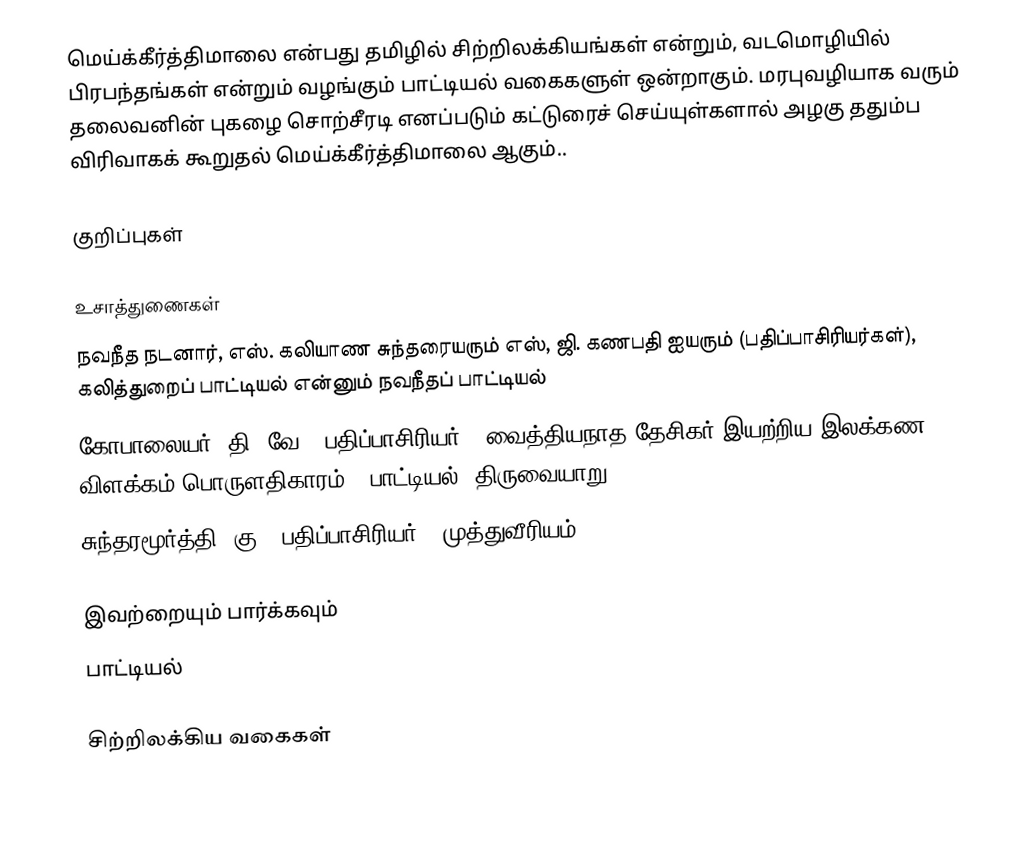
மெய்க்கீர்த்திமாலை என்பது தமிழில் சிற்றிலக்கியங்கள் என்றும், வடமொழியில் பிரபந்தங்கள் என்றும் வழங்கும் பாட்டியல் வகைகளுள் ஒன்றாகும். மரபுவழியாக வரும் தலைவனின் புகழை சொற்சீரடி எனப்படும் கட்டுரைச் செய்யுள்களால் அழகு ததும்ப விரிவாகக் கூறுதல் மெய்க்கீர்த்திமாலை ஆகும்..

குறிப்புகள்

உசாத்துணைகள்
 நவநீத நடனார், எஸ். கலியாண சுந்தரையரும் எஸ், ஜி. கணபதி ஐயரும் (பதிப்பாசிரியர்கள்), கலித்துறைப் பாட்டியல் என்னும் நவநீதப் பாட்டியல்
 கோபாலையர், தி. வே. (பதிப்பாசிரியர்), வைத்தியநாத தேசிகர் இயற்றிய இலக்கண விளக்கம் பொருளதிகாரம் - பாட்டியல், திருவையாறு.
 சுந்தரமூர்த்தி, கு. (பதிப்பாசிரியர்), முத்துவீரியம்

இவற்றையும் பார்க்கவும்
 பாட்டியல்

சிற்றிலக்கிய வகைகள்